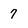
Character: 7